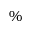
\%